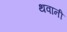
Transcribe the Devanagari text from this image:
थवानी